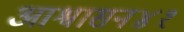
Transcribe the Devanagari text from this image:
आश्वासन४१